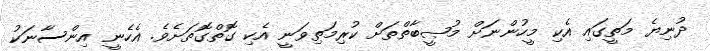
ދުނިޔެ މަތީގައި އެކި މީހުންނަށް މުޞީބާތްތަށް ކުރިމަތިވަނީ އެކި ގޮތްގޮތަށެވެ. އެހެނީ އިންސާނަކު